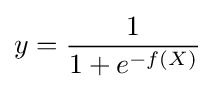
y={\frac {1}{1+e^{-f(X)}}}